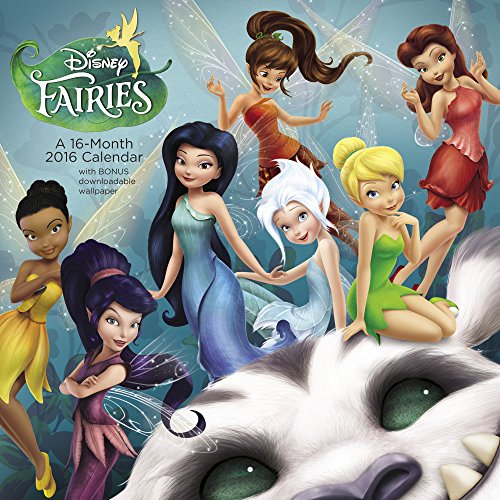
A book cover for Disney Fairies Wall Calendar (2016); Day Dream; Calendars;